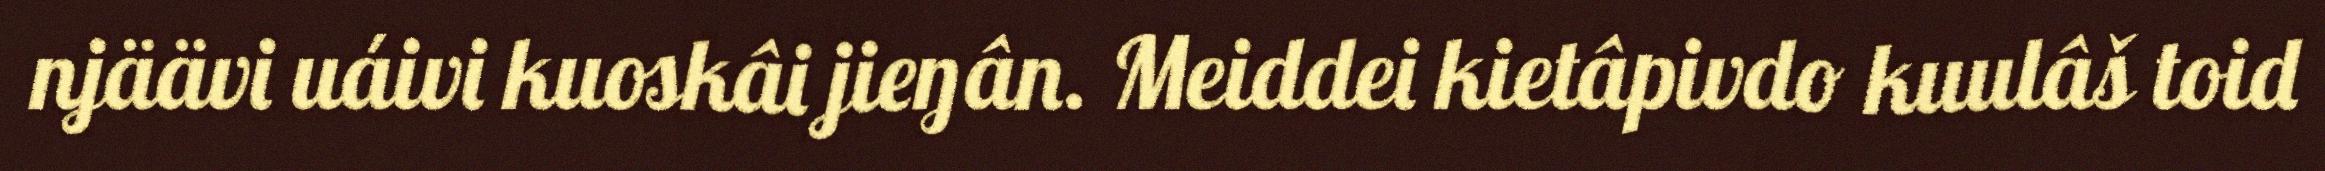
njäävi uáivi kuoskâi jieŋân. Meiddei kietâpivdo kuulâš toid